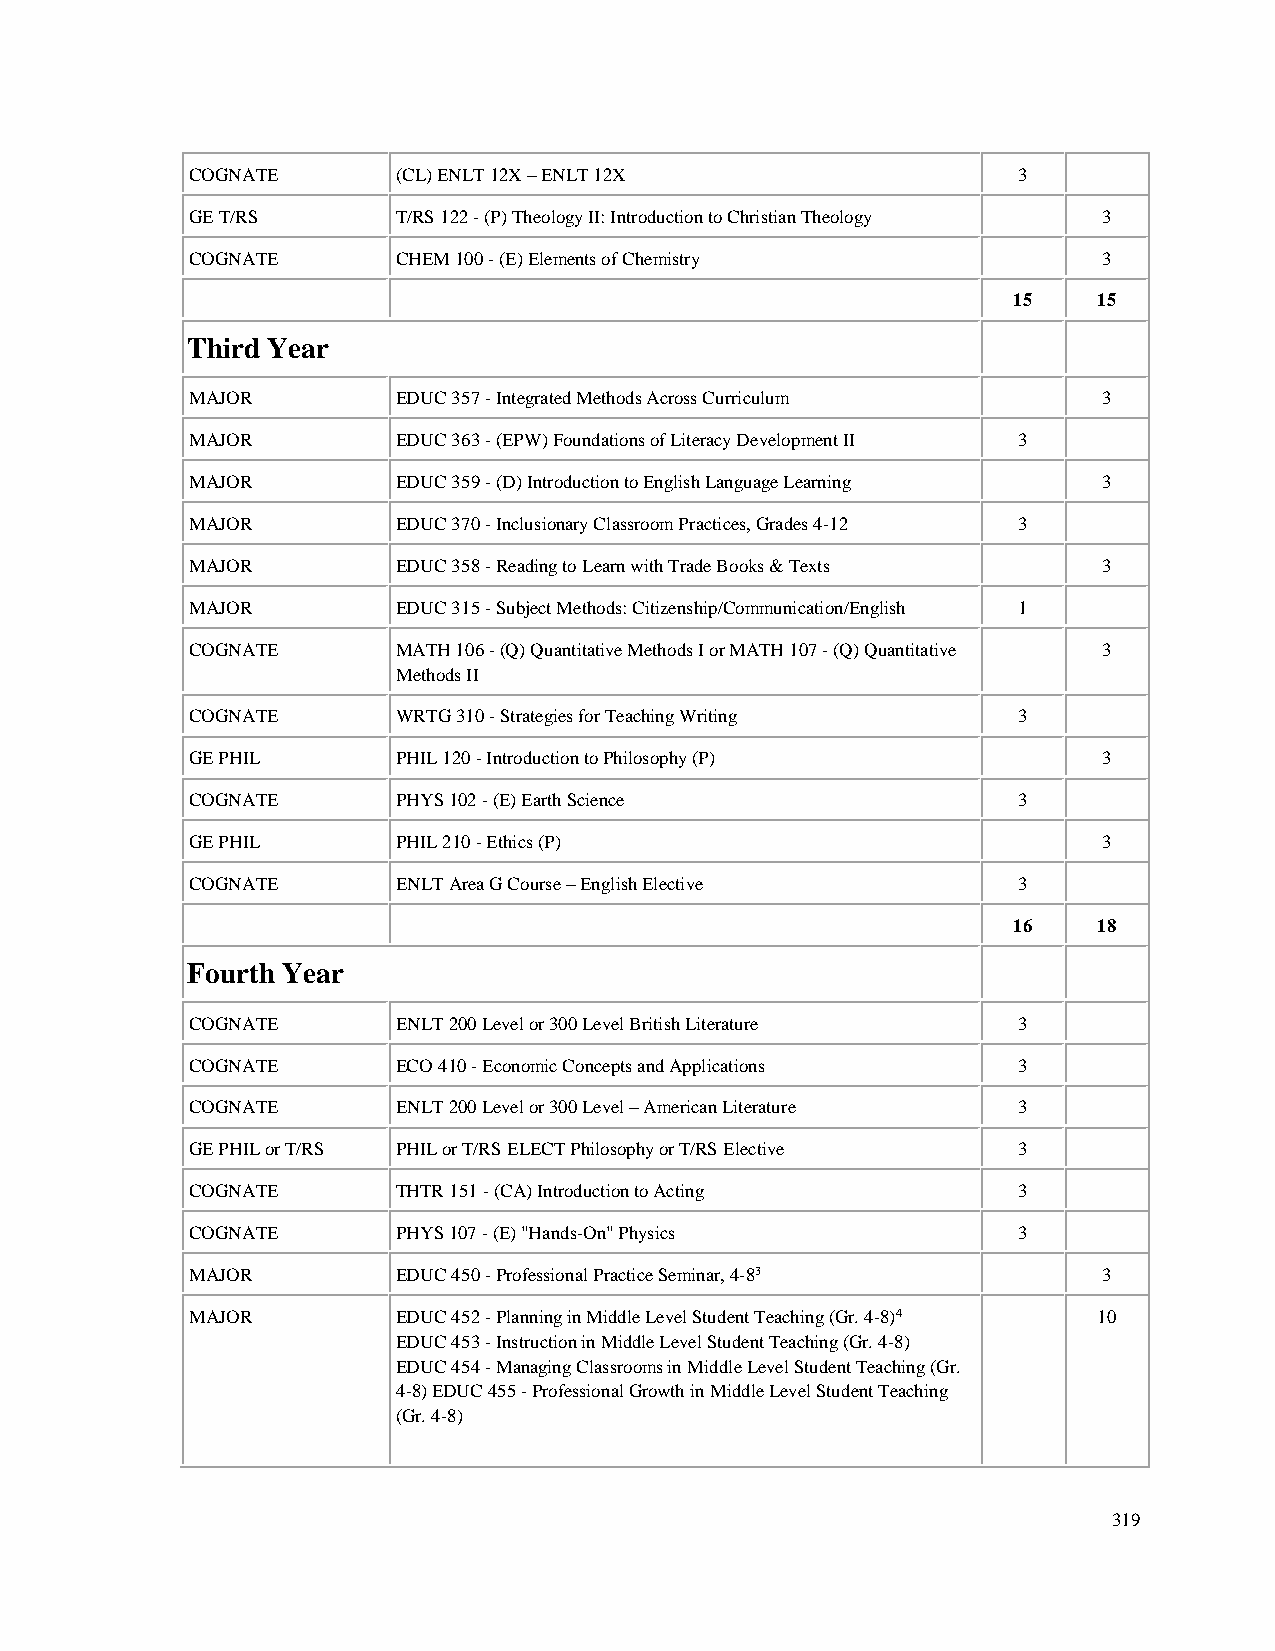
COGNATE      (CL) ENLT 12X – ENLT 12X                 3
 GE T/RS      T/RS 122 - (P) Theology II: Introduction to Christian Theology 3
 COGNATE      CHEM 100 - (E) Elements of Chemistry           3
 15    15
 Third Year
 MAJOR        EDUC 357 - Integrated Methods Across Curriculum 3
 MAJOR        EDUC 363 - (EPW) Foundations of Literacy Development II 3
 MAJOR        EDUC 359 - (D) Introduction to English Language Learning 3
 MAJOR        EDUC 370 - Inclusionary Classroom Practices, Grades 4-12 3
 MAJOR        EDUC 358 - Reading to Learn with Trade Books & Texts 3
 MAJOR        EDUC 315 - Subject Methods: Citizenship/Communication/English 1
 COGNATE      MATH 106 - (Q) Quantitative Methods I or MATH 107 - (Q) Quantitative 3
 Methods II
 COGNATE      WRTG 310 - Strategies for Teaching Writing 3
 GE PHIL      PHIL 120 - Introduction to Philosophy (P)      3
 COGNATE      PHYS 102 - (E) Earth Science             3
 GE PHIL      PHIL 210 - Ethics (P)                          3
 COGNATE      ENLT Area G Course – English Elective    3
 16    18
 Fourth Year
 COGNATE      ENLT 200 Level or 300 Level British Literature 3
 COGNATE      ECO 410 - Economic Concepts and Applications 3
 COGNATE      ENLT 200 Level or 300 Level – American Literature 3
 GE PHIL or T/RS PHIL or T/RS ELECT Philosophy or T/RS Elective 3
 COGNATE      THTR 151 - (CA) Introduction to Acting   3
 COGNATE      PHYS 107 - (E) "Hands-On" Physics        3
 MAJOR        EDUC 450 - Professional Practice Seminar, 4-83 3
 MAJOR        EDUC 452 - Planning in Middle Level Student Teaching (Gr. 4-8)4 10
 EDUC 453 - Instruction in Middle Level Student Teaching (Gr. 4-8)
 EDUC 454 - Managing Classrooms in Middle Level Student Teaching (Gr.
 4-8) EDUC 455 - Professional Growth in Middle Level Student Teaching
 (Gr. 4-8)
 319